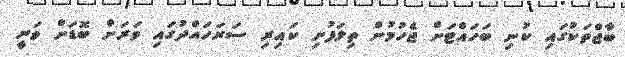
ބާޖްތަކުގައި ކުނި ބަހައްޓަށް ޖެހުމުން ތިލަފުށި ކައިރި ސަރަހައްދުގައި ވަރަށް ބޮޑަށް ވަނީ